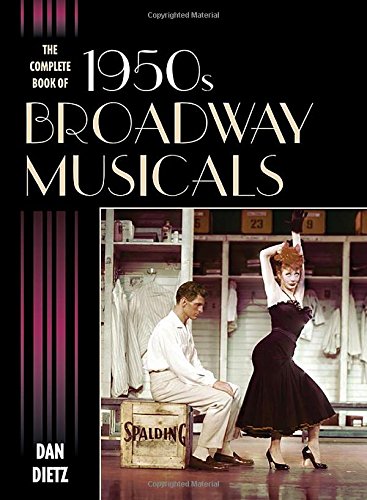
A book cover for The Complete Book of 1950s Broadway Musicals; Dan Dietz; Humor & Entertainment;